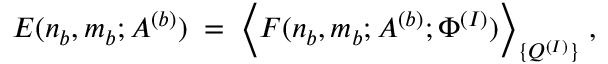
E ( n _ { b } , m _ { b } ; A ^ { ( b ) } ) \; = \; \Big \langle { \cal F } ( n _ { b } , m _ { b } ; A ^ { ( b ) } ; \Phi ^ { ( I ) } ) \Big \rangle _ { \{ Q ^ { ( I ) } \} } \; ,